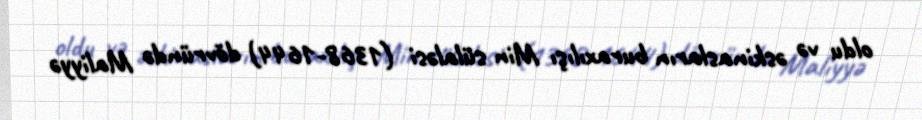
oldu və əskinasların buraxılışı Min sülaləsi (1368-1644) dövründə Maliyyə